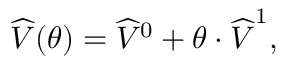
\begin{array} { r } { \widehat V ( \boldsymbol { \theta } ) = \widehat V ^ { 0 } + \boldsymbol { \theta } \cdot \boldsymbol { \widehat V } ^ { 1 } , } \end{array}